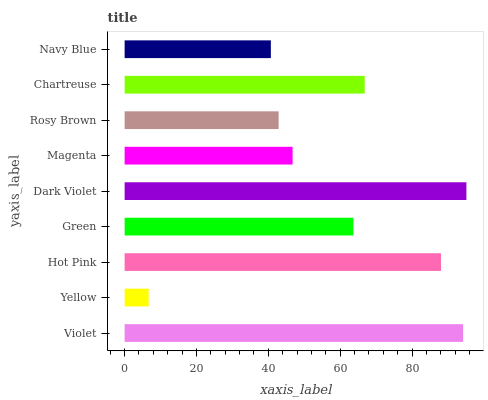
| yaxis_label | bars |
 | --- | --- |
 | Violet | 94.2 |
 | Yellow | 6.69 |
 | Hot Pink | 88.1 |
 | Green | 63.7 |
 | Dark Violet | 95.1 |
 | Magenta | 46.8 |
 | Rosy Brown | 42.9 |
 | Chartreuse | 66.8 |
 | Navy Blue | 40.7 |